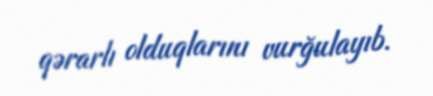
qərarlı olduqlarını vurğulayıb.